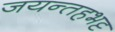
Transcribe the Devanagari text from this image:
जयन्तहभट्ट